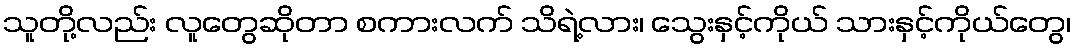
သူတို့လည်း လူတွေဆိုတာ စကားလက် သိရဲ့လား၊ သွေးနှင့်ကိုယ် သားနှင့်ကိုယ်တွေ၊